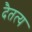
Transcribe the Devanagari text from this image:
दैतत्य